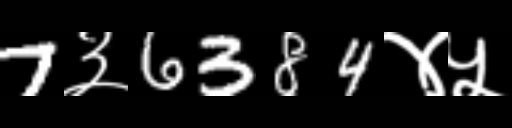
Text: 7३6384४५